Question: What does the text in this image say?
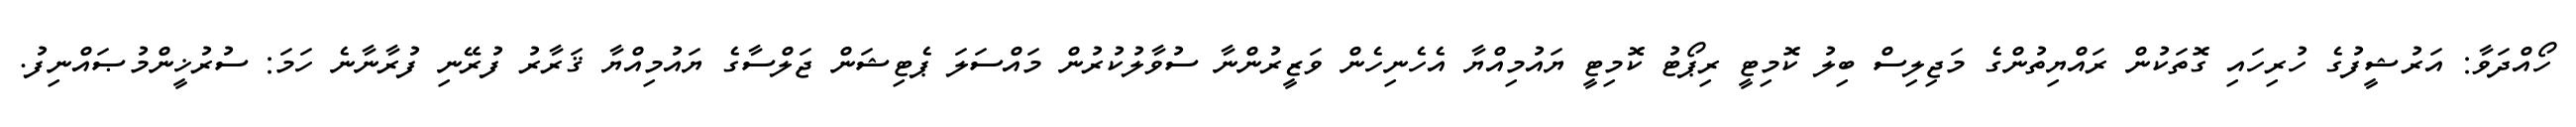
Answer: ހޯއްދަވާ: އަރުޝީފުގެ ހުރިހައި ގޮތަކުން ރައްޔިތުންގެ މަޖިލިސް ބިލު ކޮމިޓީ ރިޕޯޓު ކޮމިޓީ ޔައުމިއްޔާ އެހެނިހެން ވަޒީރުންނާ ސުވާލުކުރުން މައްސަލަ ޕެޓިޝަން ޖަލްސާގެ ޔައުމިއްޔާ ޤަރާރު ފުރޭނި ފުރާނާނެ ހަމަ: ސުރުޚީންމުޞައްނިފު.